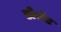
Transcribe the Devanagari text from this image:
डोसेंट